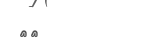
٣٦